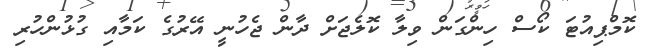
ކޮމްޕިއުޓަ ކޯސް ހިންގަން ވިލާ ކޮލެޖަށް ދާން ޖެހުނީ އޭރުގެ ކަމާއި ގުޅުންހުރި